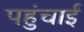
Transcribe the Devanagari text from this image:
पहुंचाईं